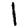
Digit: 1